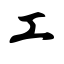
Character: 工